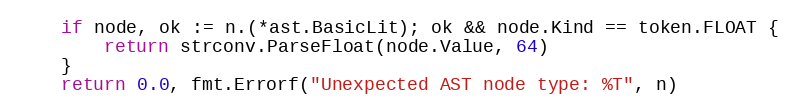
Language: Go
	if node, ok := n.(*ast.BasicLit); ok && node.Kind == token.FLOAT {
		return strconv.ParseFloat(node.Value, 64)
	}
	return 0.0, fmt.Errorf("Unexpected AST node type: %T", n)